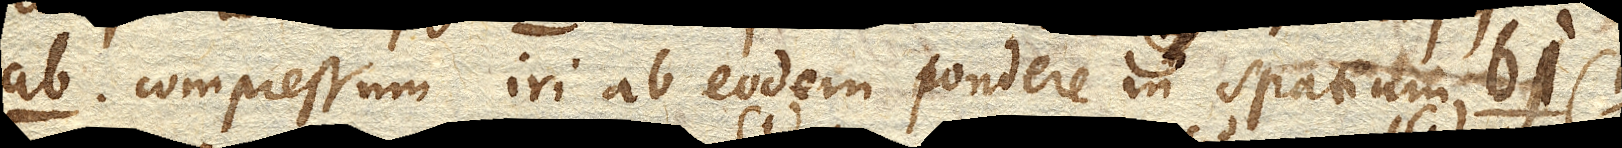
ab. compressum iri ab eodem pondere in spatium bi.